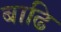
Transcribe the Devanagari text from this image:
बाढि